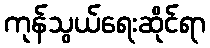
ကုန်သွယ်ရေးဆိုင်ရာ